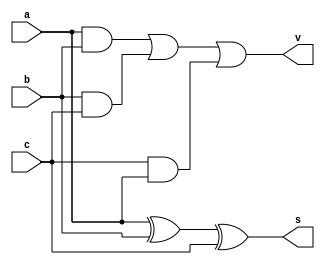
module fa2(input a, input b,input c, output s, output v);

assign s=a^b^c;
assign v=(a&b)|(b&c)|(c&a);

endmodule